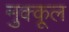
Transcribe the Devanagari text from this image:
मुक्कूल